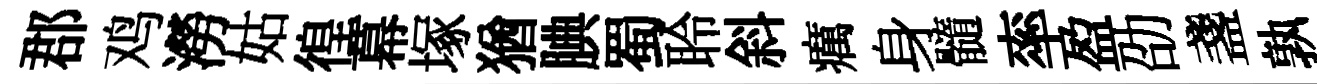
郡鸡澇姑徨幕塚猶腆蜀聆斜癘身髓率盈劭盞孰